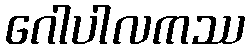
ဂေါပါလကဿ